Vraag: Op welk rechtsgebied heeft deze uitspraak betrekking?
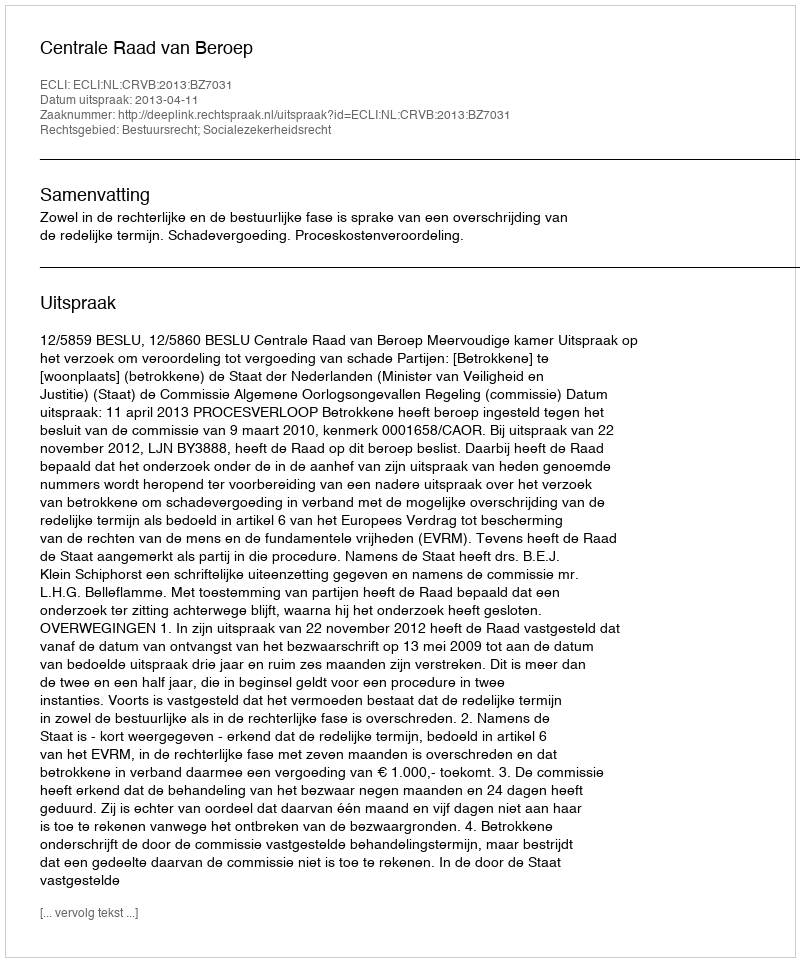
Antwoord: Bestuursrecht; Socialezekerheidsrecht